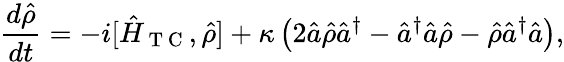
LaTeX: \frac{d\hat{\rho}}{dt}=-i[\hat{H}_{\mathrm{~T~C~}},\hat{\rho}]+\kappa\left(2\hat{a}\hat{\rho}\hat{a}^{\dagger}-\hat{a}^{\dagger}\hat{a}\hat{\rho}-\hat{\rho}\hat{a}^{\dagger}\hat{a}\right),